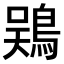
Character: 𫚾